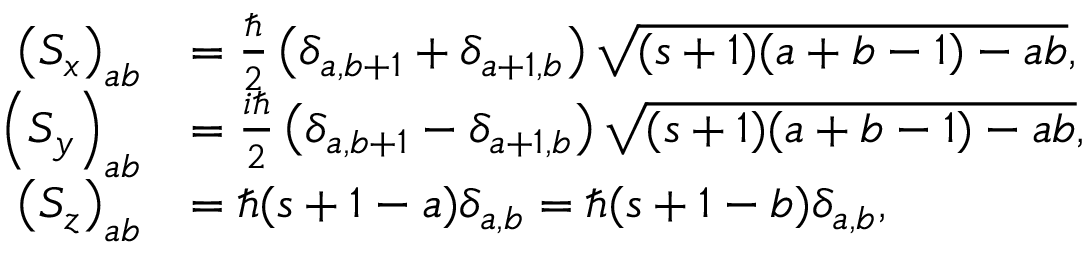
{ \begin{array} { r l } { \left( S _ { x } \right) _ { a b } } & { = { \frac { \hbar } { 2 } } \left( \delta _ { a , b + 1 } + \delta _ { a + 1 , b } \right) { \sqrt { ( s + 1 ) ( a + b - 1 ) - a b } } , } \\ { \left( S _ { y } \right) _ { a b } } & { = { \frac { i \hbar } { 2 } } \left( \delta _ { a , b + 1 } - \delta _ { a + 1 , b } \right) { \sqrt { ( s + 1 ) ( a + b - 1 ) - a b } } , } \\ { \left( S _ { z } \right) _ { a b } } & { = \hbar ( s + 1 - a ) \delta _ { a , b } = \hbar ( s + 1 - b ) \delta _ { a , b } , } \end{array} }